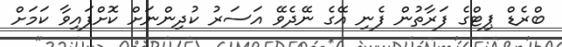
ބްރެޑް ޕިޓްގެ ފަރާތުން ފެނި އޭގެ ނޭދެވޭ އަސަރު ކުދިންނަށް ކޮށްފައިވާ ކަމަށް